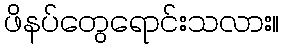
ဖိနပ်တွေရောင်းသလား။